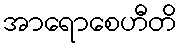
အာရောစေဟီတိ